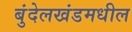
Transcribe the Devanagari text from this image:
बुंदेलखंडमधील